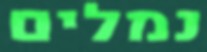
נמלים